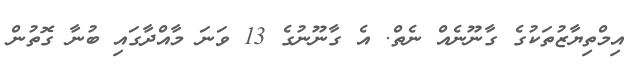
އިމްތިޔާޒުތަކުގެ ގާނޫނެއް ނެތް. އެ ގާނޫނުގެ 13 ވަނަ މާއްދާގައި ބުނާ ގޮތުން